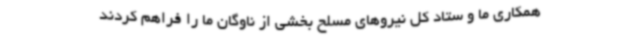
همکاری ما و ستاد کل نیروهای مسلح بخشی از ناوگان ما را فراهم کردند